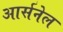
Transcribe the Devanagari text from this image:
आर्सनेल